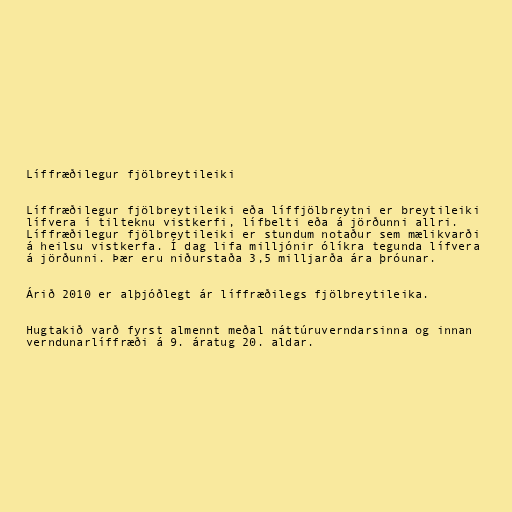
Líffræðilegur fjölbreytileiki

Líffræðilegur fjölbreytileiki eða líffjölbreytni er breytileiki
lífvera í tilteknu vistkerfi, lífbelti eða á jörðunni allri.
Líffræðilegur fjölbreytileiki er stundum notaður sem mælikvarði
á heilsu vistkerfa. Í dag lifa milljónir ólíkra tegunda lífvera
á jörðunni. Þær eru niðurstaða 3,5 milljarða ára þróunar.

Árið 2010 er alþjóðlegt ár líffræðilegs fjölbreytileika.

Hugtakið varð fyrst almennt meðal náttúruverndarsinna og innan
verndunarlíffræði á 9. áratug 20. aldar.